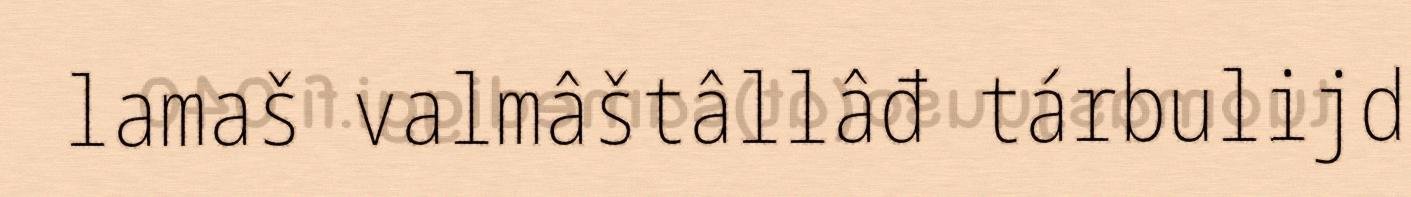
lamaš valmâštâllâđ tárbulijd